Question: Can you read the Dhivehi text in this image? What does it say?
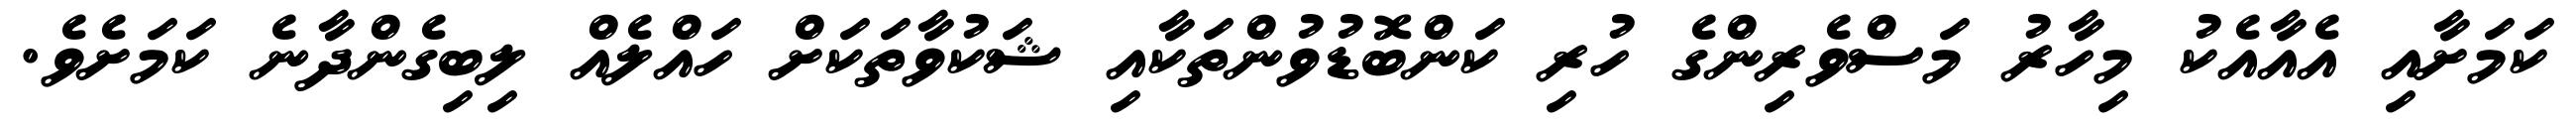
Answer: ކަމަށާއި އެއާއެކު މިހާރު މަސްވެރިންގެ ހުރި ކަންބޮޑުވުންތަކާއި ޝަކުވާތަކަށް ހައްލެއް ލިބިގެންދާނެ ކަމަށެވެ.